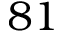
8 1